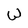
Character: W